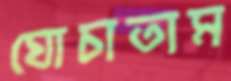
ঘোচাতাম